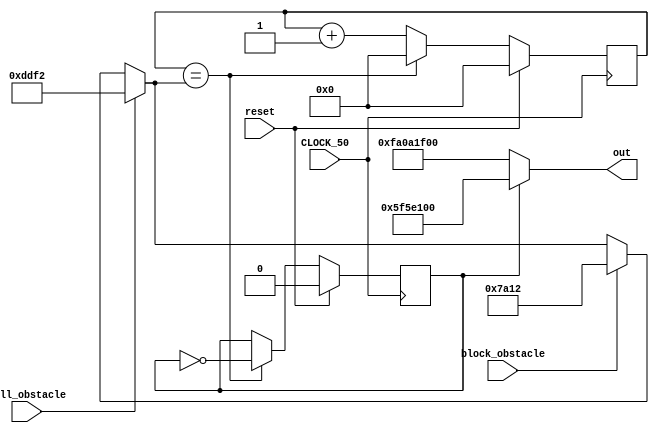
module square_wave_osc (
   input CLOCK_50,
   input reset,
	input wall_obstacle,
	input block_obstacle,
   output [31:0] out);
   
   //parameter HALF_WAVELENGTH	= 20'd56_818;     // for 440 Hz (50,000/440)/2
   parameter AMPLITUDE 	      = (32'd10_000_000 * 10);
   reg [19:0] count;
   reg phase;
   
	wire [19:0] HALF_WAVELENGTH;
		
	assign HALF_WAVELENGTH =
      wall_obstacle == 1 ? 20'd56_818 :
      block_obstacle == 1 ? 20'd31_250 :
		HALF_WAVELENGTH;
	
   always @(posedge CLOCK_50)
      if (reset) begin
         count <= 0;
         phase <= 0;
      end
      else if (count == HALF_WAVELENGTH) begin
         count <= 0;
         phase <= ~phase;
      end
      else begin
         count <= count + 1;
      end
      
   assign out = phase ? AMPLITUDE : -AMPLITUDE;

endmodule